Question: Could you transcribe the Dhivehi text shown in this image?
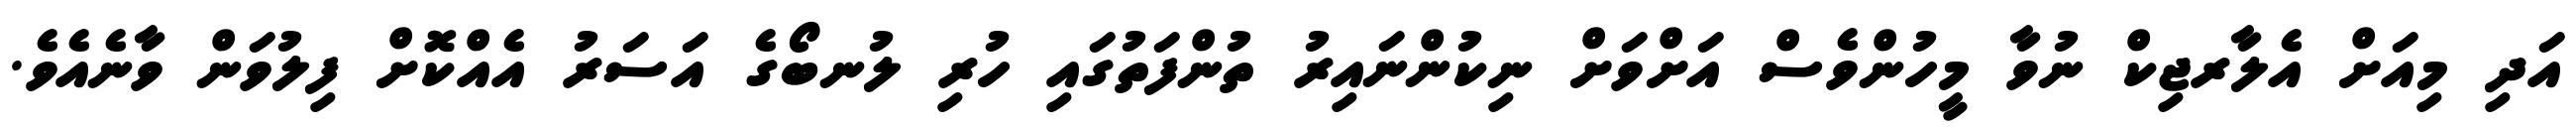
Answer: އަދި މިއަށް އެލާރޖިކް ނުވާ މީހުންވެސް އަށްވަށް ނިކުންނައިރު ތުންފަތުގައި ހުރި ލުނބޯގެ އަސަރު އެއްކޮށް ފިލުވަން ވާނެއެވެ.